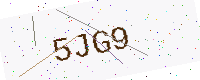
Text: 5JG9